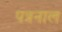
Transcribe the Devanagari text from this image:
पत्रनाल